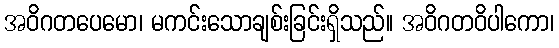
အဝိဂတပေမော၊ မကင်းသောချစ်းခြင်းရှိသည်။ အဝိဂတဝိပါကော၊